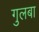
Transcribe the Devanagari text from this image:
गुलबा